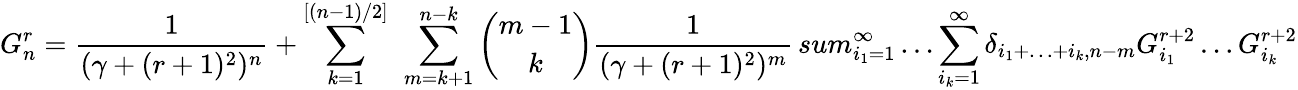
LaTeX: G_{n}^{r}=\frac{1}{(\gamma+(r+1)^{2})^{n}}+\sum_{k=1}^{[(n-1)/2]}\ \sum_{m=k+1}^{n-k}{\binom{m-1}{k}}\frac{1}{(\gamma+(r+1)^{2})^{m}}\, sum_{i_{1}=1}^{\infty}\ldots\sum_{i_{k}=1}^{\infty}\delta_{i_{1}+\ldots+i_{k},n-m}G_{i_{1}}^{r+2}\ldots G_{i_{k}}^{r+2}